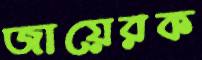
জায়েরক